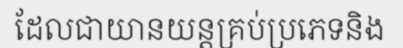
ដែលជាយានយន្តគ្រប់ប្រភេទនិង